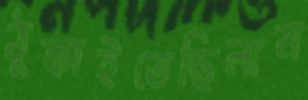
ঠুকাইতেছিলাম